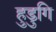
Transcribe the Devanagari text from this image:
हुडुगि